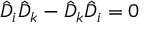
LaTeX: { \hat { D } } _ { i } { \hat { D } } _ { k } - { \hat { D } } _ { k } { \hat { D } } _ { i } = 0